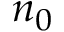
n _ { 0 }